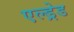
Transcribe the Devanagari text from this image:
एल्ड्रेड